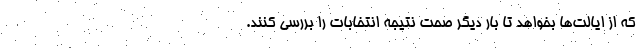
که از ایالت‌ها بخواهد تا بار دیگر صحت نتیجه انتخابات را بررسی کنند.